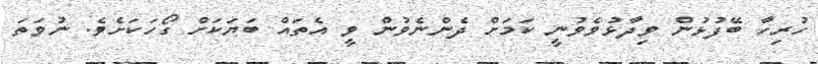
ހުރިހާ ބޭފުޅުން ވިދާޅުވެވުނީ ކަމަށް ދެންނެވުން ވީ އެތައް ބަޔަކަށް ގޯހަކަށެވެ. ނުވަތަ